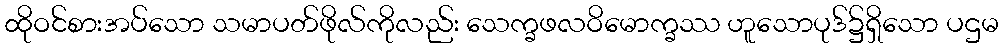
ထိုဝင်စားအပ်သော သမာပတ်ဖိုလ်ကိုလည်း သေက္ခဖလဝိမောက္ခဿ ဟူသောပုဒ်၌ရှိသော ပဌမ